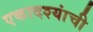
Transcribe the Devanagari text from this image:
एकादश्यांची